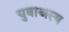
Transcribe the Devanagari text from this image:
युवाअस्य